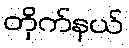
တိုက်နယ်